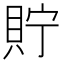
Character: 貯